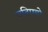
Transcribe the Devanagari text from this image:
चढिएबो